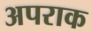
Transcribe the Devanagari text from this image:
अपराक